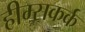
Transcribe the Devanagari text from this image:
हीम्सकर्क